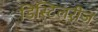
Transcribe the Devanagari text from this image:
डिस्टिलरीज